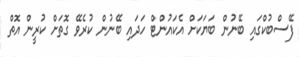
ފޭސްބުކްގައި ބޭނުން ބަޔަކަށް އެކައުންޓް ހަދައި ބޭނުން ކުރެވޭ ގޮތަށް ކުރީން އޮތް